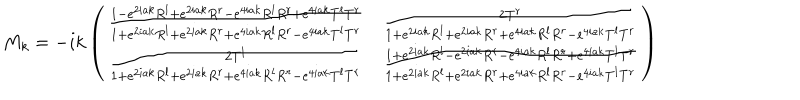
LaTeX: M _ { k } = - i k \left( \begin{matrix} { { { \frac { 1 - e ^ { 2 i a k } R ^ { l } + e ^ { 2 i a k } R ^ { r } - e ^ { 4 i a k } R ^ { l } R ^ { r } + e ^ { 4 i a k } T ^ { l } T ^ { r } } { 1 + e ^ { 2 i a k } R ^ { l } + e ^ { 2 i a k } R ^ { r } + e ^ { 4 i a k } R ^ { l } R ^ { r } - e ^ { 4 i a k } T ^ { l } T ^ { r } } } } } & { { { \frac { 2 T ^ { r } } { 1 + e ^ { 2 i a k } R ^ { l } + e ^ { 2 i a k } R ^ { r } + e ^ { 4 i a k } R ^ { l } R ^ { r } - e ^ { 4 i a k } T ^ { l } T ^ { r } } } } } \\ { { { \frac { 2 T ^ { l } } { 1 + e ^ { 2 i a k } R ^ { l } + e ^ { 2 i a k } R ^ { r } + e ^ { 4 i a k } R ^ { l } R ^ { r } - e ^ { 4 i a k } T ^ { l } T ^ { r } } } } } & { { { \frac { 1 + e ^ { 2 i a k } R ^ { l } - e ^ { 2 i a k } R ^ { r } - e ^ { 4 i a k } R ^ { l } R ^ { r } + e ^ { 4 i a k } T ^ { l } T ^ { r } } { 1 + e ^ { 2 i a k } R ^ { l } + e ^ { 2 i a k } R ^ { r } + e ^ { 4 i a k } R ^ { l } R ^ { r } - e ^ { 4 i a k } T ^ { l } T ^ { r } } } } } \\ \end{matrix} \right)